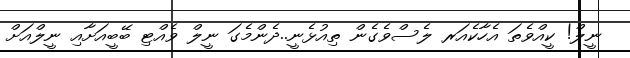
ނީލް! ކީއްވެތަ އެހާކެއަރ ލެސްވެގެން ތިއުޅެނީ..ދެންމެގަ ނީލް ވެއްޓި ބޭބީއަށާއި ނީލްއަށް